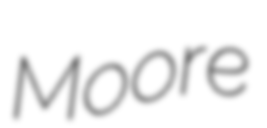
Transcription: Moore